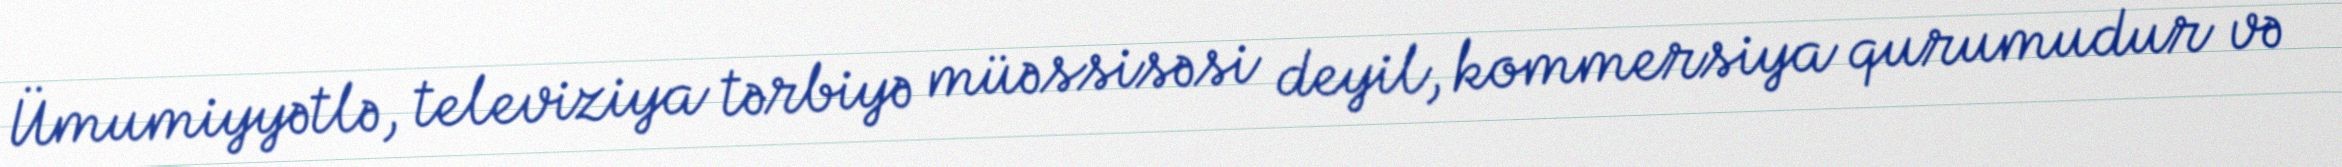
Ümumiyyətlə, televiziya tərbiyə müəssisəsi deyil, kommersiya qurumudur və